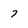
Character: 7